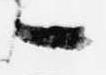
々